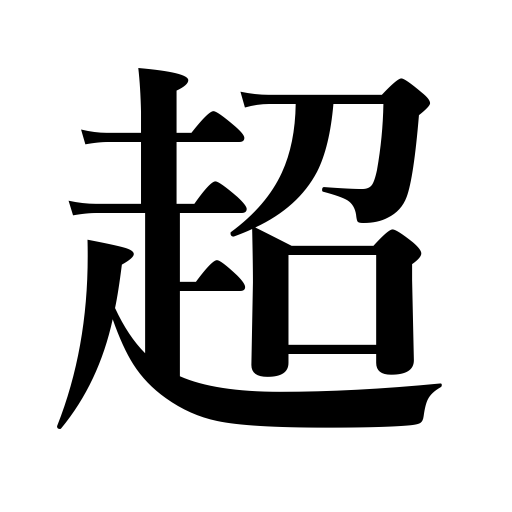
Meanings: exceed,ultra,go beyond,cross,super,overstep authority,clear an obstacle